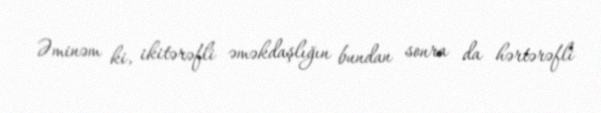
Əminəm ki, ikitərəfli əməkdaşlığın bundan sonra da hərtərəfli